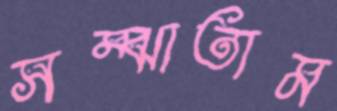
সম্‌ঝাতাম